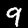
Digit: 9